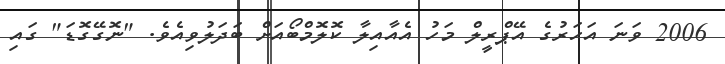
2006 ވަނަ އަހަރުގެ އޭޕްރީލް މަހު އެއާއިލާ ކޮލޮމްބޯއަށް ބަދަލުވިއެވެ. "ނޮގޭގޮޑަ" ގައި